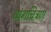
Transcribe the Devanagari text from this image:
व्यंगचित्रण